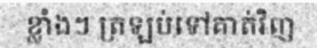
ខ្លាំងៗ ត្រឡប់ទៅគាត់វិញ